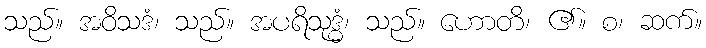
သည်။ အဝိသဒံ၊ သည်။ အပရိသုဒ္ဓံ၊ သည်။ ဟောတိ၊ ၏။ စ၊ ဆက်။